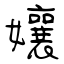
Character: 孃